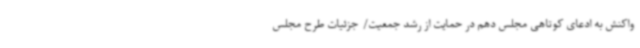
واکنش به ادعای کوتاهی مجلس دهم در حمایت از رشد جمعیت/ جزئیات طرح مجلس